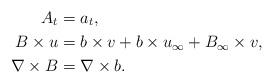
LaTeX: \begin{align*}A_t&=a_t,\\B\times u&=b\times v+b\times u_{\infty}+B_{\infty}\times v, \\\nabla \times B&=\nabla \times b.\end{align*}